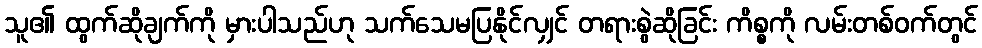
သူ၏ ထွက်ဆိုချက်ကို မှားပါသည်ဟု သက်သေမပြနိုင်လျှင် တရားစွဲဆိုခြင်း ကိစ္စကို လမ်းတစ်ဝက်တွင်